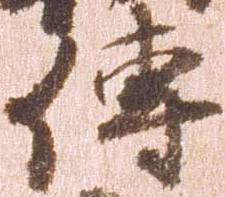
伝